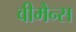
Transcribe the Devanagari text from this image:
वीमैन्स